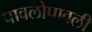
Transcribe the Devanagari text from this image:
पावलोपावली